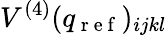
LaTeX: V^{(4)}(q_{\mathrm{~r~e~f~}})_{ijkl}